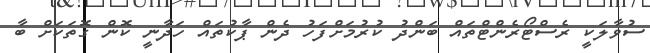
ސުވާލަކީ ރެސްޓޯރެންޓްތައް ބަންދު ކުރުމަށްފަހު ދެން ޕާކުތައް ހަދާނީ ކޮން ގޮތަކަށް ބާ